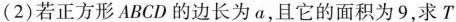
(2)若正方形ABCD的边长为a，且它的面积为9，求T